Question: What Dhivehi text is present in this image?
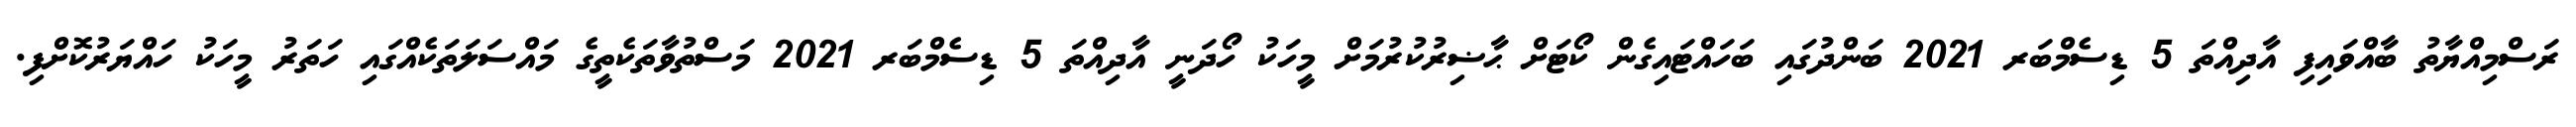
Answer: ރަސްމިއްޔާތު ބާއްވައިފި އާދިއްތަ 5 ޑިސެމްބަރ 2021 ބަންދުގައި ބަހައްޓައިގެން ކޯޓަށް ޙާޟިރުކުރުމަށް މީހަކު ހޯދަނީ އާދިއްތަ 5 ޑިސެމްބަރ 2021 މަސްތުވާތަކެތީގެ މައްސަލަތަކެއްގައި ހަތަރު މީހަކު ހައްޔަރުކޮށްފި.